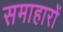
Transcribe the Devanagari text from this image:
समाहारों